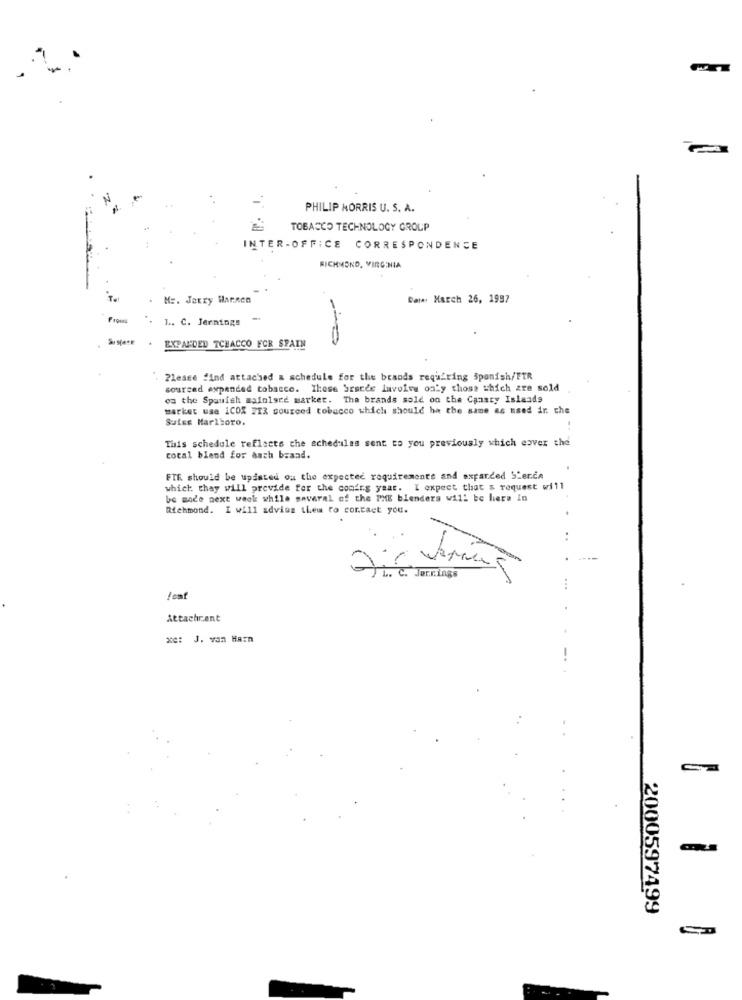
PHILIP MORRIS U. S. A.
TOBACCO TECHNOLOGY GROUP
INTER-OFFICE CORRESPONDENCE
RICHMOND, VIRGINIA
Mr. Jerry Warnen
Data: March 26, 1997
From
1 .. C. Jernings
EXPANDED TCHACCO FOR SPAIN
Please find attached & schedule for the brands requiring Spanish/FTR
sourced expanded tobacco. These brarde lavolve only those which are sold
oa the Spanish maio1ste marker. The brands sold on the Coasty Islands
market usa 1COX 212 sourced tobacco which should ha the same as used in the
Suiss Marlboro.
This schedule reflects the schedules sent to you previously which eover the
coral blend for auch brand.
FTF. should be updated ou the expected requirements and expanded SLerca
which they will provide for the config year. I expect that & request will
be made next week while several of the PHE blenders will be here In
Richmond. I will advies them to contact you.
-
L. C. Jørrings
Attachrent
xe: J. van Harn
2000597499